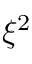
\xi ^ { 2 }